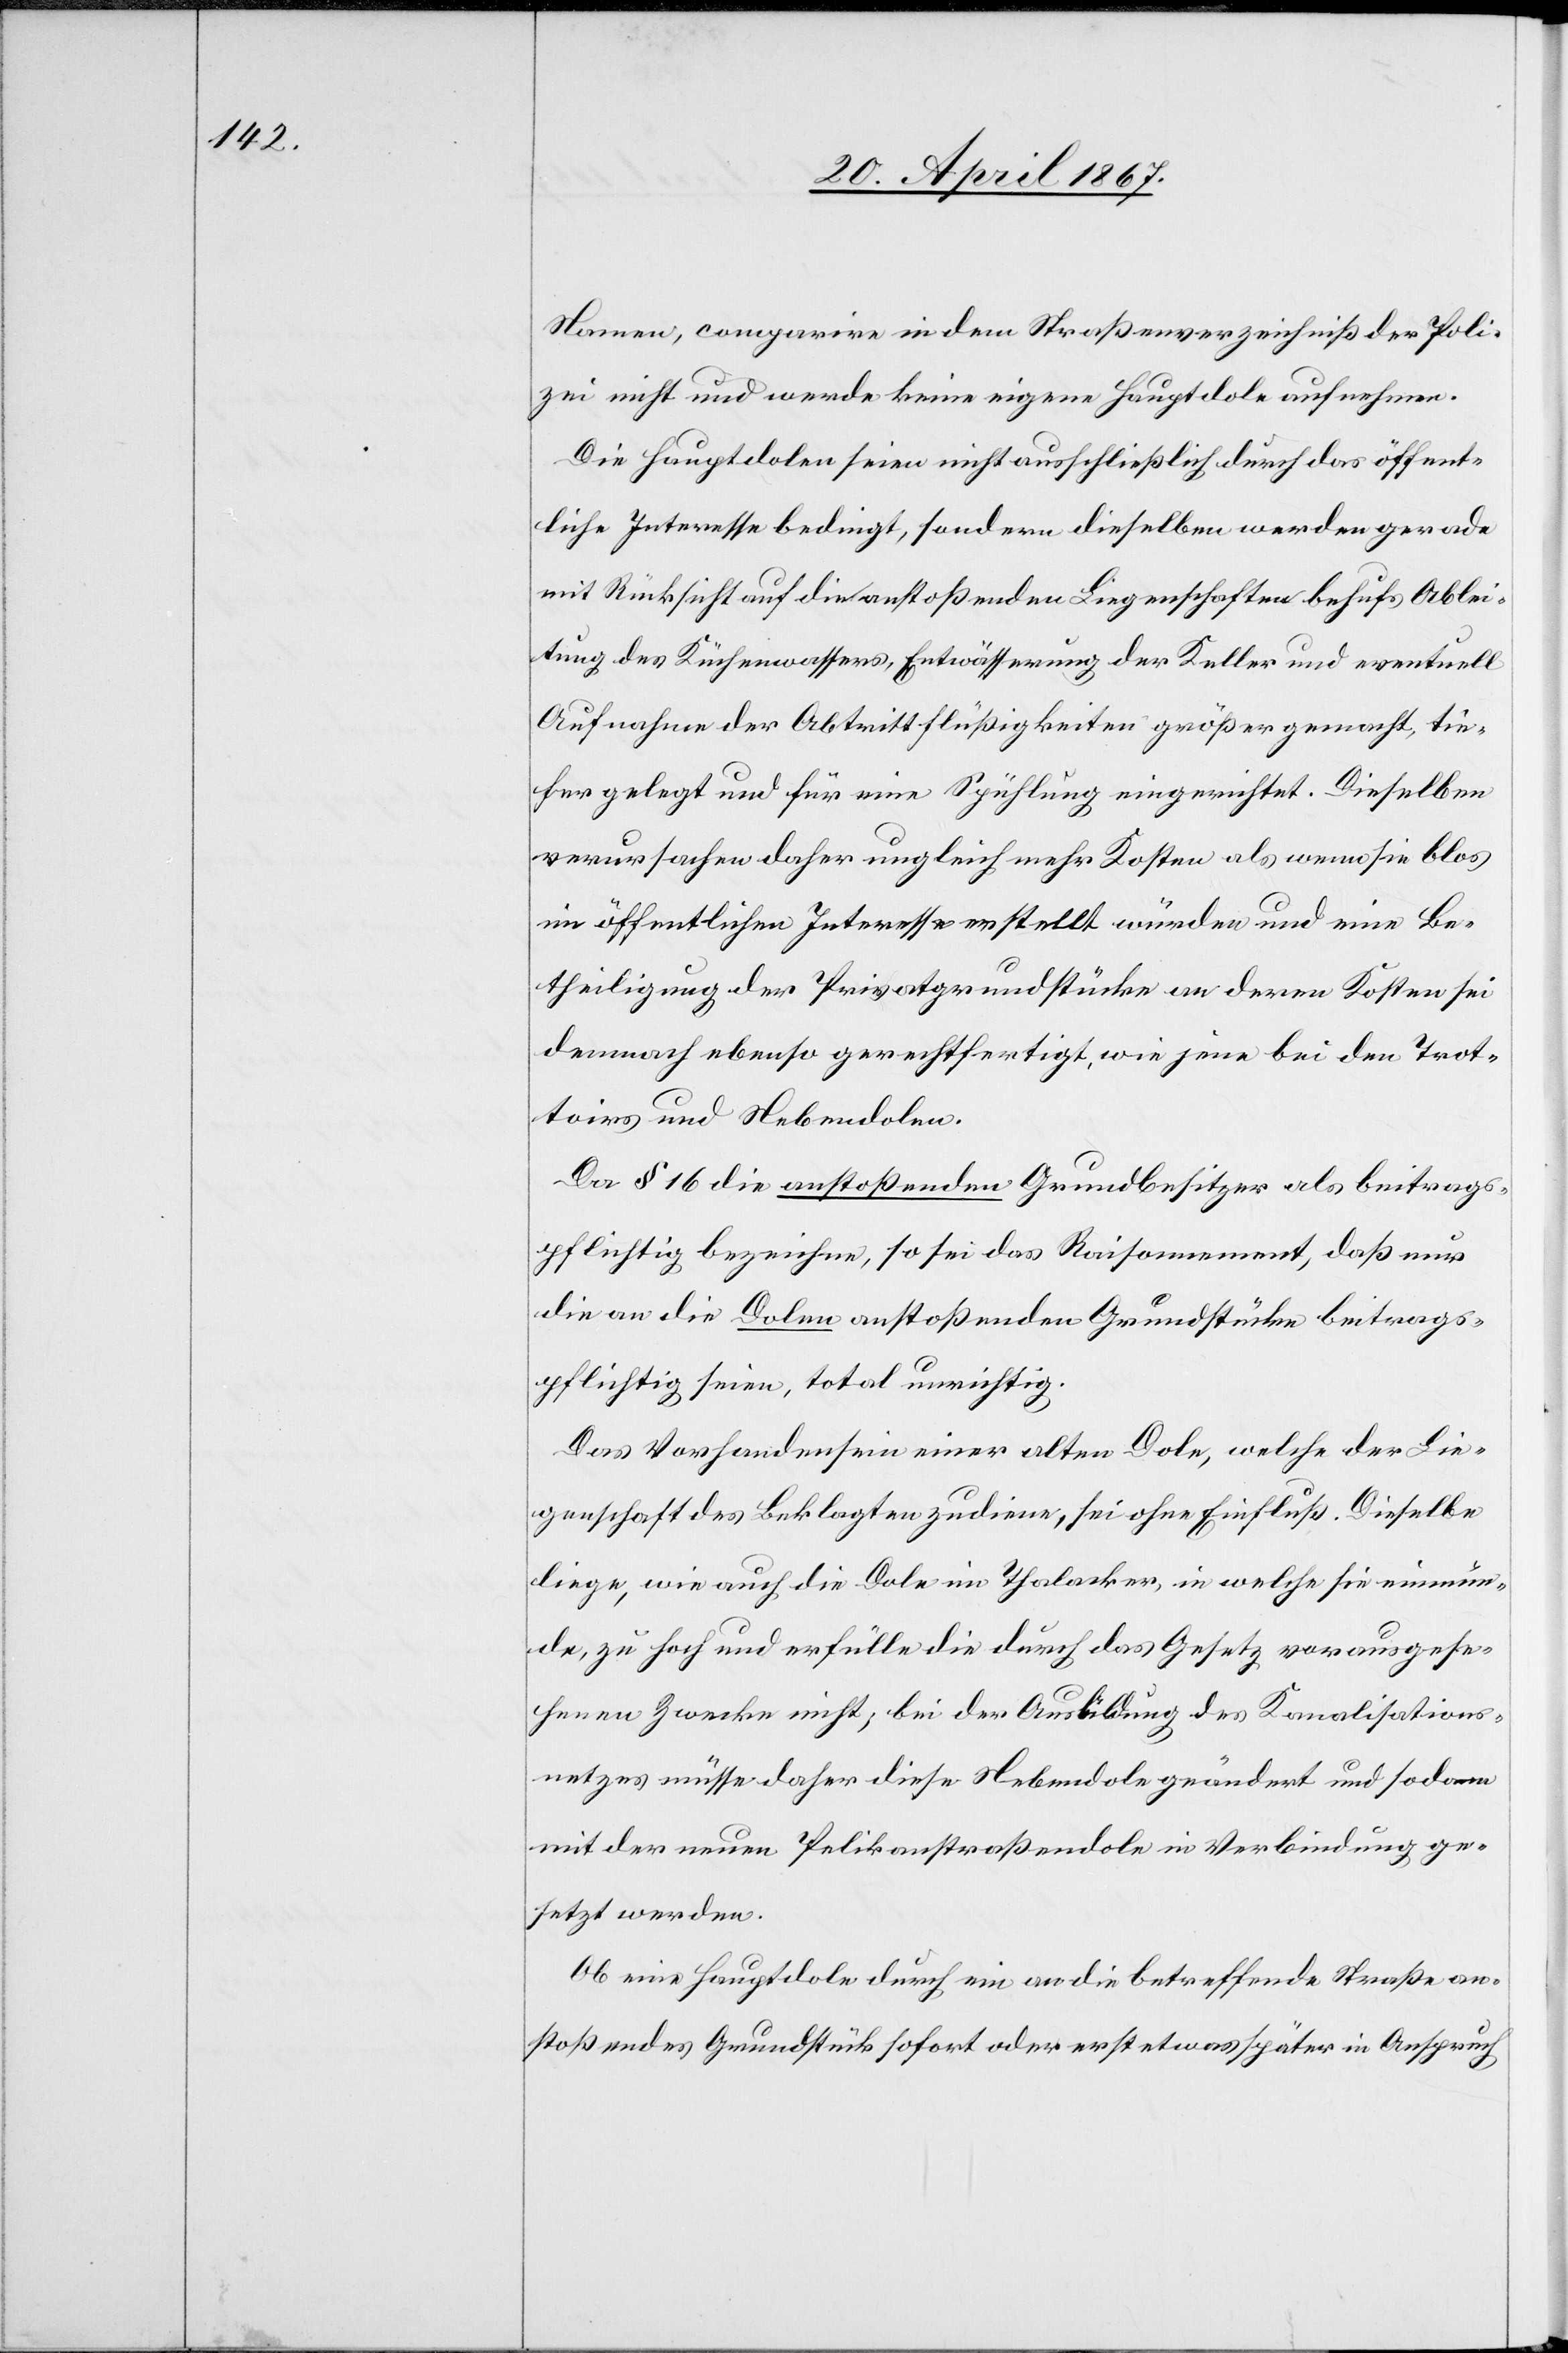
Namen, comparire in dem Straßenverzeichniß der Poli¬
zei nicht und werde keine eigene Hauptdole aufnehmen.
Die Hauptdolen seien nicht ausschließlich durch das öffent¬
liche Interesse bedingt, sondern dieselben werden gerade
mit Rücksicht auf die anstoßenden Liegenschaften behufs Ablei¬
tung des Küchenwassers, Entwässerung der Keller und eventuell
Aufnahme der Abtrittflüßigkeiten größer gemacht, tie¬
fer gelegt und für eine Spühlung eingerichtet. Dieselben
verursachen daher ungleich mehr Kosten als wenn sie blos
im öffentlichen Interesse erstellt würden und eine Be¬
theiligung der Privatgrundstücke an deren Kosten sei
demnach ebenso gerechtfertigt, wie jene bei den Trot¬
toirs und Nebendolen.
Da § 16 die anstoßenden Grundbesitzer als beitrags¬
pflichtig bezeichne, so sei das Raisonnement, daß nur
die an die Dolen anstoßenden Grundstücke beitrags¬
pflichtig seien, total unrichtig.
Das Vorhandensein einer alten Dole, welche der Lie¬
genschaft des Beklagten zudiene, sei ohne Einfluß. Dieselbe
liege, wie auch die Dole im Thalacker, in welche sie einmün¬
de, zu hoch und erfülle die durch das Gesetz vorausgese¬
henen Zwecke nicht; bei der Ausbildung des Kanalisations¬
netzes müsse daher diese Nebendole geändert und sodann
mit der neuen Pelikanstraßendole in Verbindung ge¬
setzt werden.
Ob eine Hauptdole durch ein an die betreffende Straße an¬
stoßendes Grundstück sofort oder erst etwas später in Anspruch